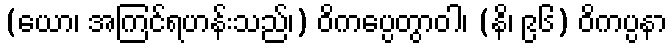
(ယော၊ အကြင်ရဟန်းသည်၊) ဝိကပ္ပေတွာဝါ၊ (နိ၊ ၉၆) ဝိကပ္ပနာ